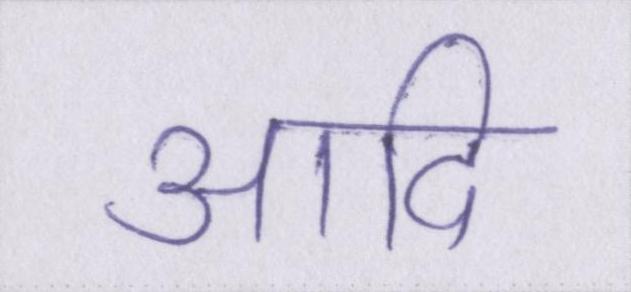
आदि